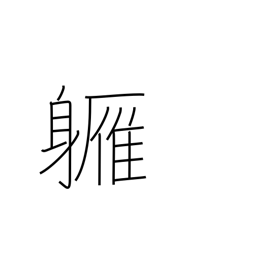
Meaning: almost